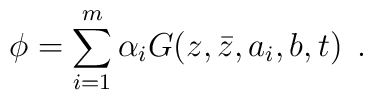
\phi=\sum_{i=1}^m{\alpha_i}G(z,\bar{z},a_i,b,t) \: \:.